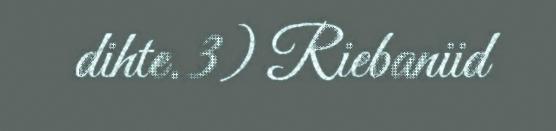
dihte. 3) Riebaniid